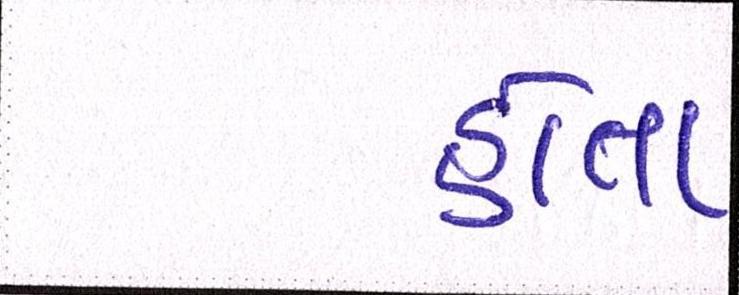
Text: હોતા